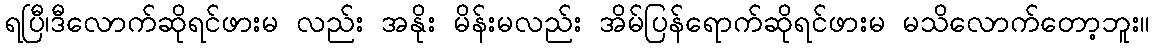
ရပြီ၊ဒီလောက်ဆိုရင်ဖားမ လည်း အနိုး မိန်းမလည်း အိမ်ပြန်ရောက်ဆိုရင်ဖားမ မသိလောက်တော့ဘူး။